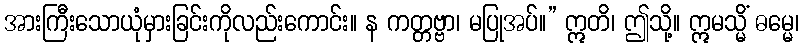
အားကြီးသောယုံမှားခြင်းကိုလည်းကောင်း။ န ကတ္တဗ္ဗာ၊ မပြုအပ်။” ဣတိ၊ ဤသို့။ ဣမသ္မိံ ဓမ္မေ၊